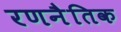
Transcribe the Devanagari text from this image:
रणनैतिक